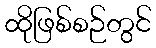
ထိုဖြစ်စဉ်တွင်